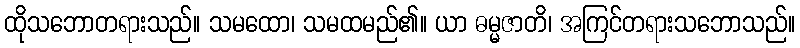
ထိုသဘောတရားသည်။ သမထော၊ သမထမည်၏။ ယာ ဓမ္မဇာတိ၊ အကြင်တရားသဘောသည်။